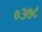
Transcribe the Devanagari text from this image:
०३७८